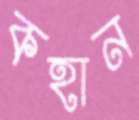
কহান